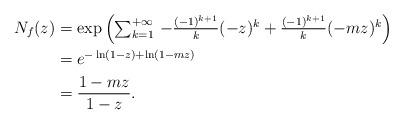
LaTeX: \begin{align*} N_f(z)&=\exp\left(\textstyle\sum_{k=1}^{+\infty} \, -\frac{(-1)^{k+1}}{k}(-z)^k + \frac{(-1)^{k+1}}{k}(-mz)^k\right) \\ &= e^{-\ln(1-z) + \ln(1-mz)} \\ &= \dfrac{1-mz}{1-z}. \end{align*}